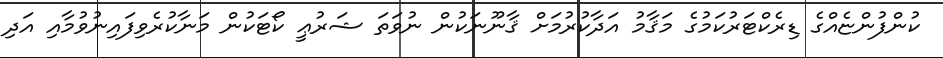
ކުންފުންޏެއްގެ ޑިރެކްޓަރުކަމުގެ މަޤާމު އަދާކުރުމަށް ޤާނޫނަކުން ނުވަތަ ޝަރުޢީ ކޯޓަކުން މަނާކުރެވިފައިނުވުމާއި އަދި